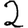
Digit: 2